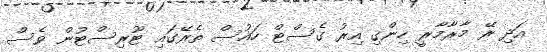
އަދި ރޭ މާރާމާރީ ހިންގި އިރު ގެސްޓް ހައުސް ތެރޭގައި ޓޫރިސްޓުން ވެސް